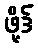
ဖို့ဒ်